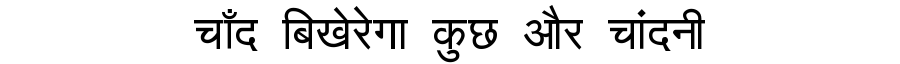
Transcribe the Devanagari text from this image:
चाँद बिखेरेगा कुछ और चांदनी